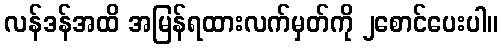
လန်ဒန်အထိ အမြန်ရထားလက်မှတ်ကို ၂စောင်ပေးပါ။